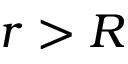
r > R